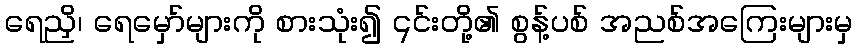
ရေညှိ၊ ရေမှော်များကို စားသုံး၍ ၎င်းတို့၏ စွန့်ပစ် အညစ်အကြေးများမှ